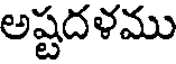
అష్టదళము